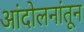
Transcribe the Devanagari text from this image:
आंदोलनांतून